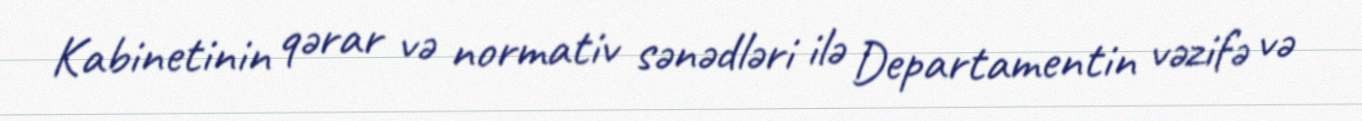
Kabinetinin qərar və normativ sənədləri ilə Departamentin vəzifə və